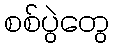
စစ်ပွဲတွေ